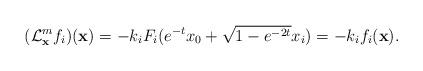
LaTeX: \begin{align*}( {\cal L} ^m_{\bf x} f_i)({\bf x}) = -k_i F_i (e^{-t}x_0+\sqrt{1-e^{-2t}}x_i)=-k_i f_i({\bf x}).\end{align*}